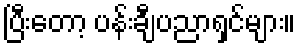
ပြီးတော့ ပန်းချီပညာရှင်များ။